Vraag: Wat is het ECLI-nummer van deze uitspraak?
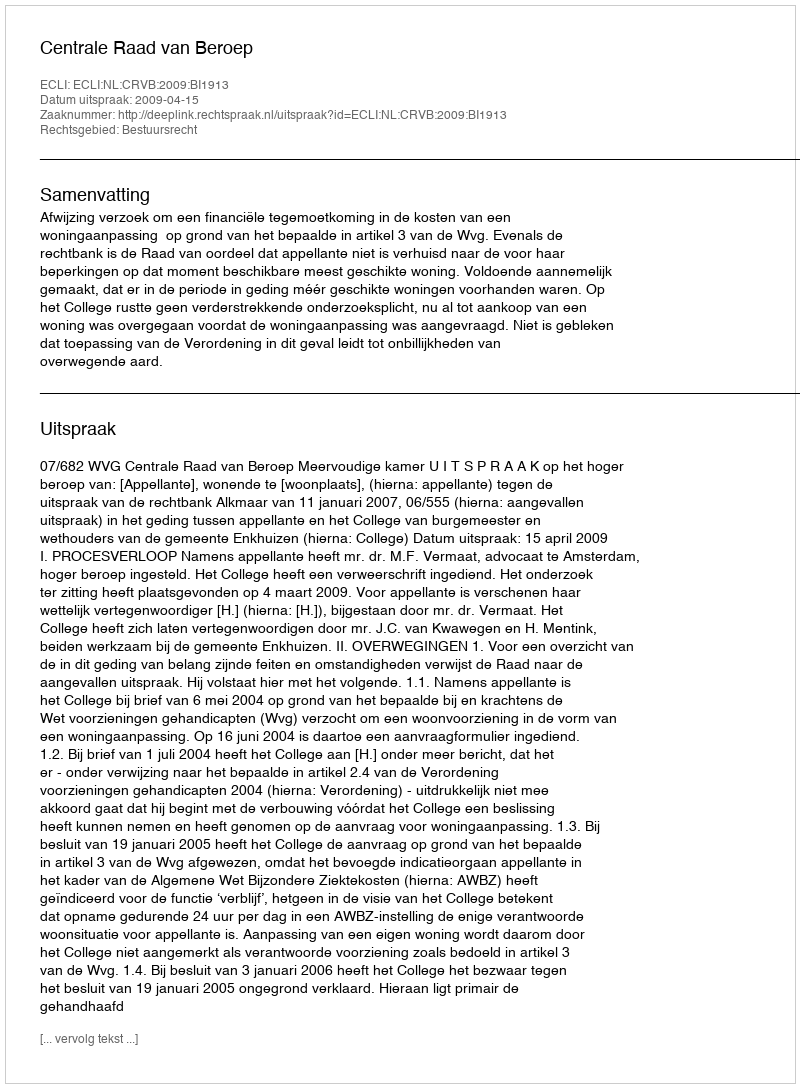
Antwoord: ECLI:NL:CRVB:2009:BI1913